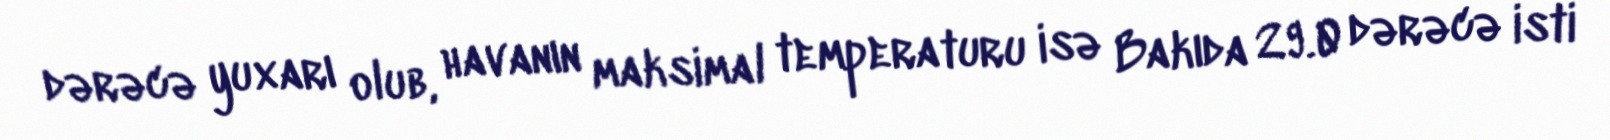
dərəcə yuxarı olub, havanın maksimal temperaturu isə Bakıda 29.0 dərəcə isti